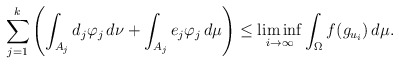
\begin{align*}\sum_{j=1}^k\left(\int_{A_j}d_j\varphi_j \,d\nu +\int_{A_j}e_j\varphi_j\,d\mu\right) \le \liminf_{i\to\infty}\int_{\Omega} f(g_{u_i})\,d\mu.\end{align*}